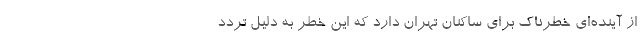
از آینده‌ای خطرناک برای ساکنان تهران دارد که این خطر به دلیل تردد